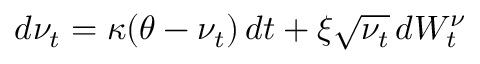
d \nu _ { t } = \kappa ( \theta - \nu _ { t } ) \, d t + \xi { \sqrt { \nu _ { t } } } \, d W _ { t } ^ { \nu }